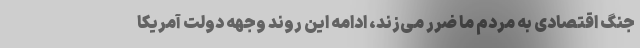
جنگ اقتصادی به مردم ما ضرر می‌زند، ادامه این روند وجهه دولت آمریکا